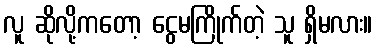
လူ ဆိုလို့ကတော့ ငွေမကြိုက်တဲ့ သူ ရှိမလား။